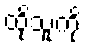
ထိုသူကို